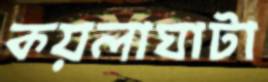
কয়লাঘাটা